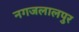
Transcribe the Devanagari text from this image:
नगजलालपुर